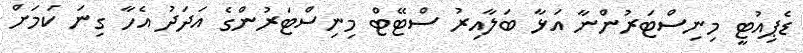
ޑެޕިއުޓީ މިނިސްޓަރުންނާ އަޅާ ބަލާއިރު ސްޓޭޓް މިނިސްޓަރުންގެ އަދަދު އެހާ ގިނަ ކަމަށް